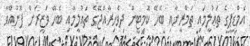
އެމްޑީޕީގެ ތަޢުލީމައި ތަމްރީނާއި ބެހޭ ކޮޮމިޓީން ދިވެހިރާއްޖޭގެ ތަޢުލީމާއި ބެހޭ ވަޒީރަށް ފޮނުއްވާ